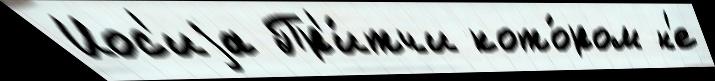
Иос'иjа Пр'и́тчи кото́ром н'е